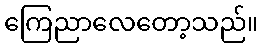
ကြေညာလေတော့သည်။